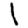
Digit: 1